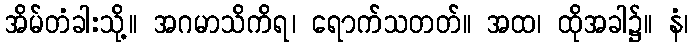
အိမ်တံခါးသို့။ အဂမာသိကိရ၊ ရောက်သတတ်။ အထ၊ ထိုအခါ၌။ နံ၊